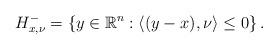
LaTeX: \begin{align*}H_{x,\nu}^{-} = \left\{ y\in \mathbb{R}^{n} : \langle (y-x), \nu \rangle \leq 0 \right\}.\end{align*}